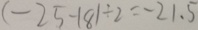
( - 2 5 - 1 8 1 \div 2 = - 2 1 . 5